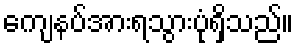
ကျေနပ်အားရသွားပုံရှိသည်။